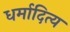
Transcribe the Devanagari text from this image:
धर्मादित्य